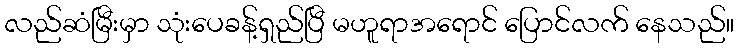
လည်ဆံမြီးမှာ သုံးပေခန့်ရှည်ပြီ မဟူရာအရောင် ပြောင်လက် နေသည်။